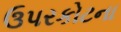
ઉપરકોટના